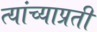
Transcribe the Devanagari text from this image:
त्यांच्याप्रती